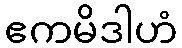
ဧကမိဒါဟံ